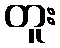
တူး